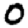
Digit: 0